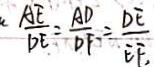
\frac { A E } { D E } = \frac { A D } { D F } = \frac { D E } { E F } ,